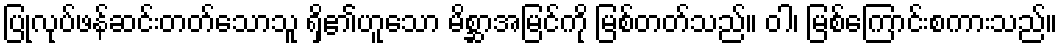
ပြုလုပ်ဖန်ဆင်းတတ်သောသူ ရှိ၏ဟူသော မိစ္ဆာအမြင်ကို မြစ်တတ်သည်။ ဝါ၊ မြစ်ကြောင်းစကားသည်။